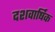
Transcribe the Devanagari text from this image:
दशवार्षिक